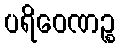
ပရိဝေဏဉ္စ